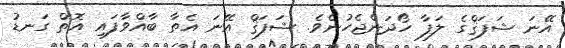
އޭނަ ޝަފަޤްގެ ލަފާ ހޯދަންޖެހުނެވެ. ޝަފަޤް އޭނަ އެތާ ބާއްވާފައި އޮތް ގަނޑު